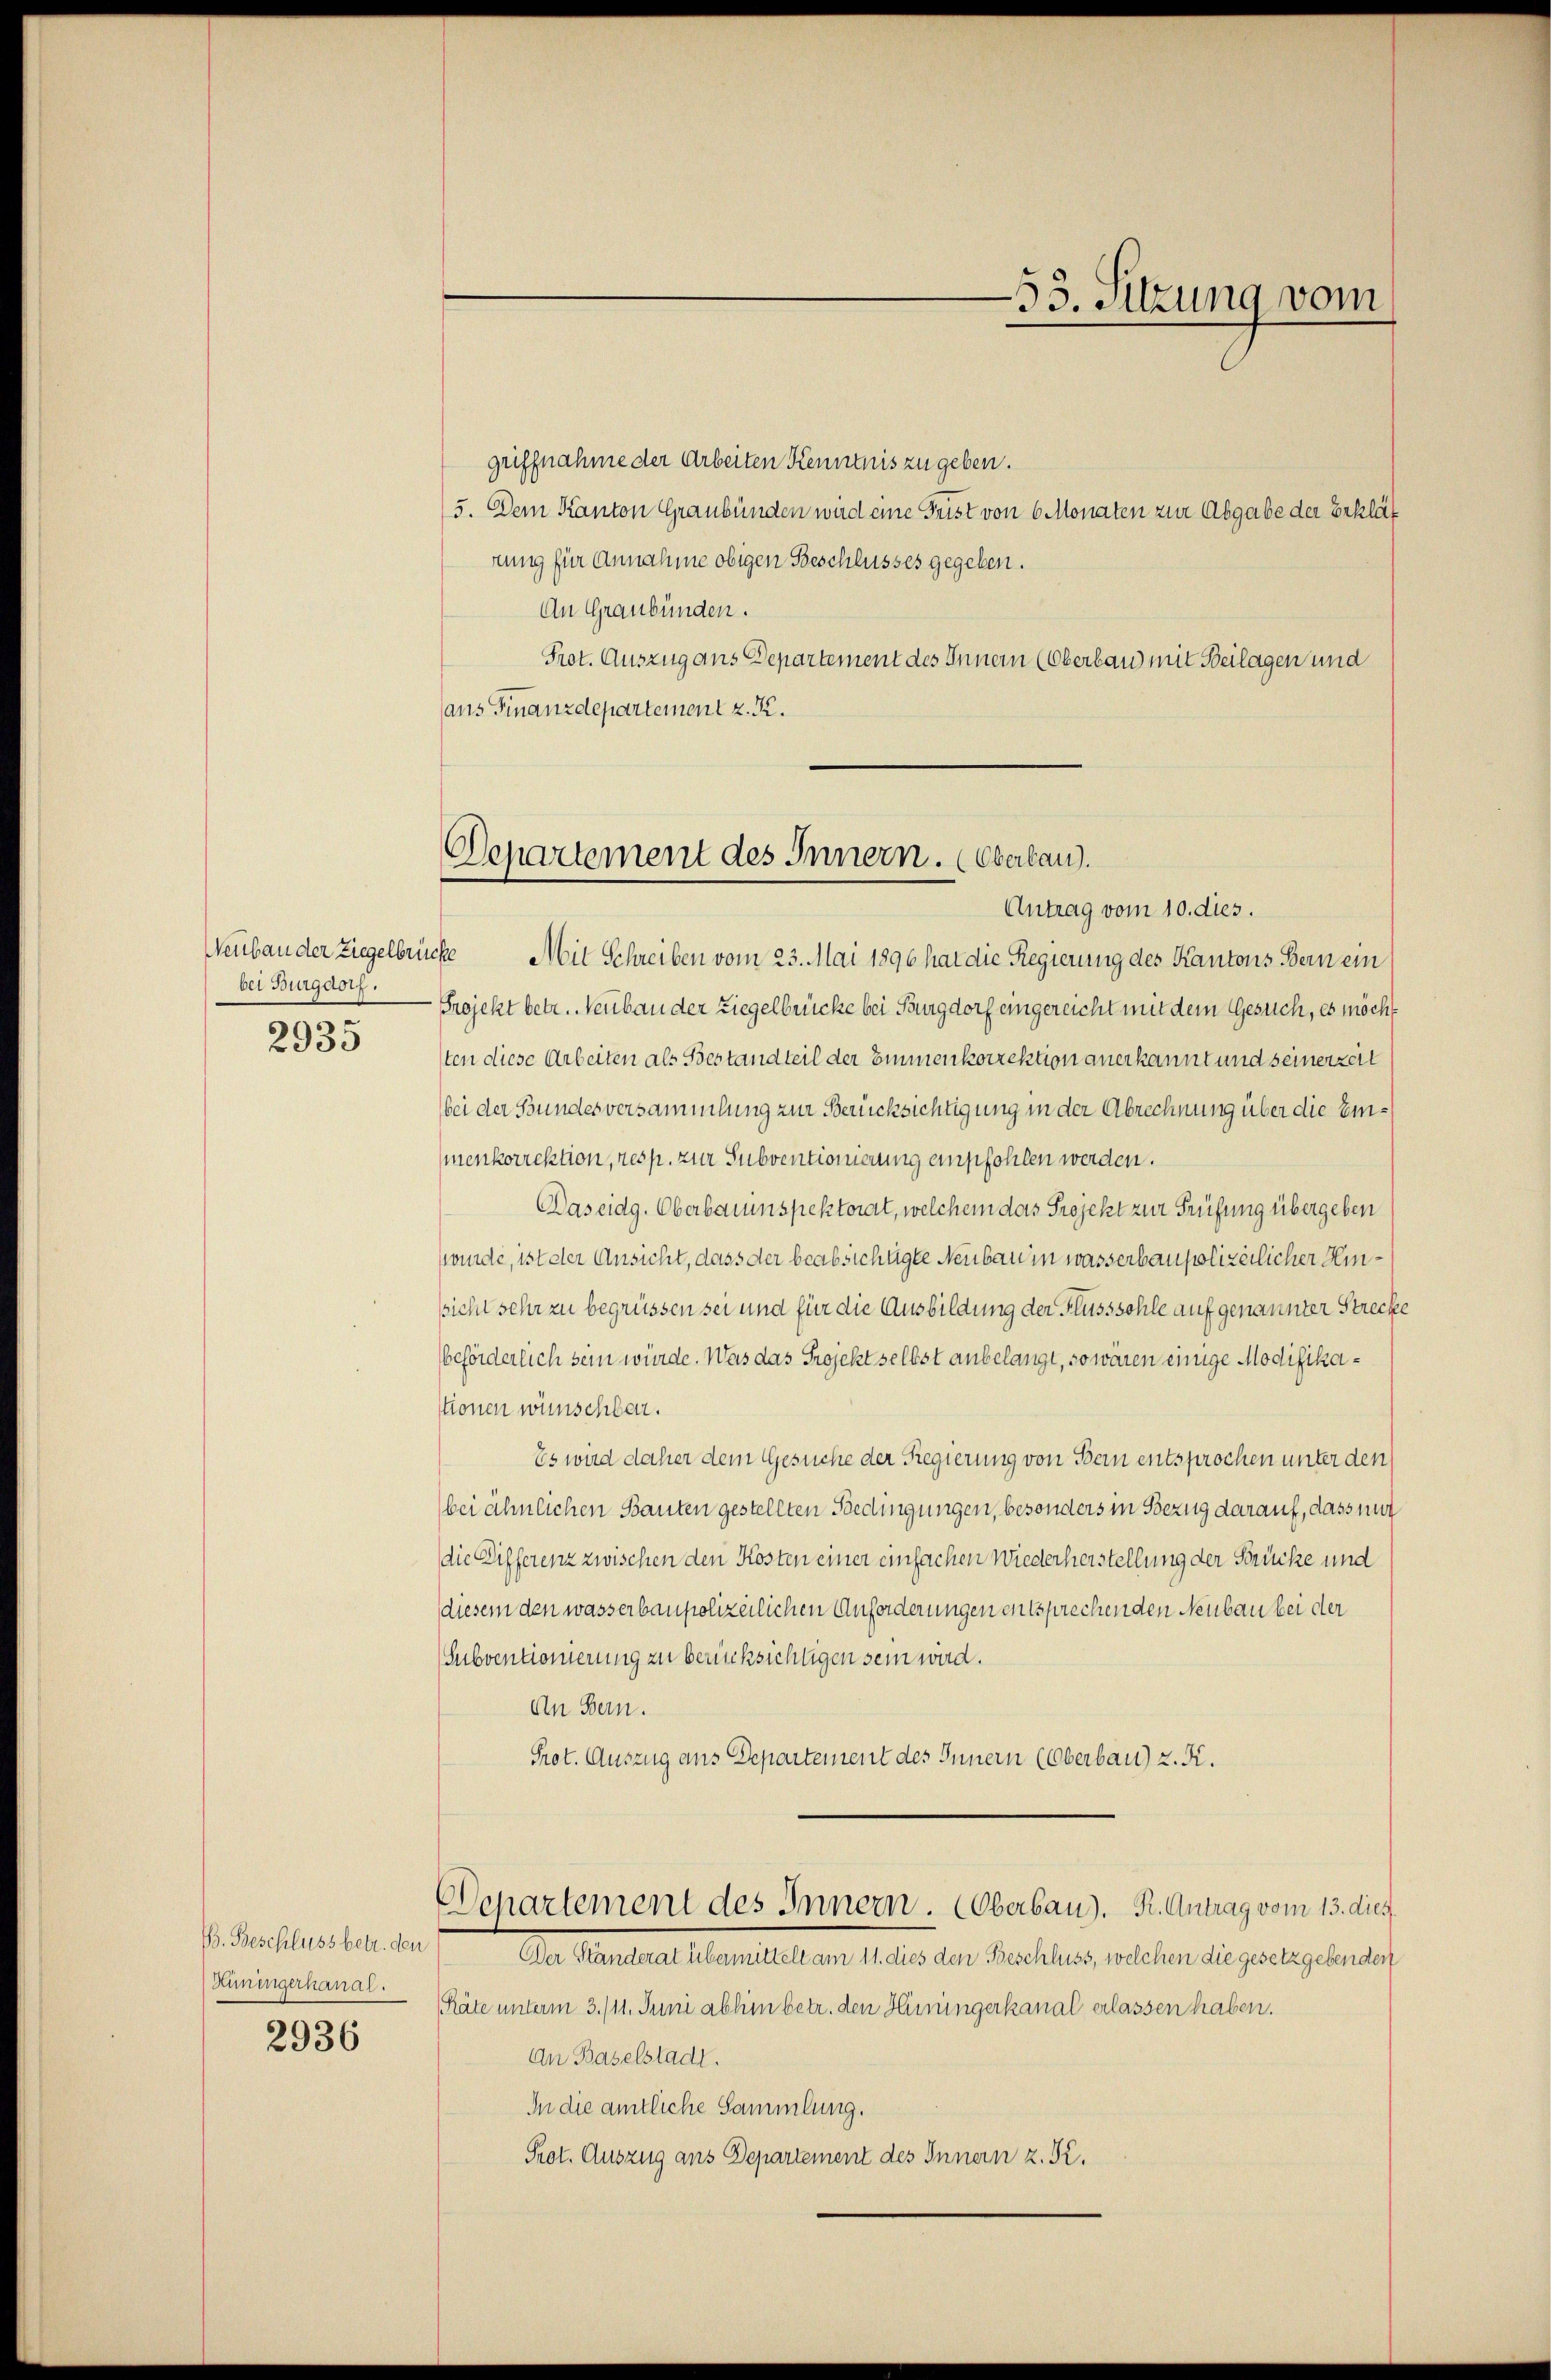
bei Burgdorf.
2935

B. Beschluss betr. den
Hüningerkanal.

2936

Departement des Innern. (Oberbau.
Antrag vom 10. dies.

griffnahme der Arbeiten Kenntnis zu geben.
5. Dem Kanton Graubünden wird eine Frist von 6 Monaten zur Abgabe der Erklät
rung für Annahme obigen Beschlusses gegeben.
An Graubünden.
Prot. Auszug aus Departement des Innern (Oberbau mit Beilagen und
ans Finanzdepartement z. R.
Neubau der Ziegelbrücke Mit Schreiben vom 23. Mai 1896 hat die Regierung des Kantons Bern ein
Projekt betr. Neubau der Liegelbrücke bei Burgdorf eingereicht mit dem Gesuch, es möcht
sten diese Arbeiten als Bestandteil der Emmenkorrektion anerkannt und seinerzeit
bei der Bundesversammlung zur Berücksichtigung in der Abrechnung über die Einmenkorrektion, resp. zur Subventionierung empfohlen werden.
Daseidg. Oberbauinspektorat, welchem das Projekt zur Prüfung übergeben
wunde, ist der Ansicht, dass der beabsichtigte Neubau in wasserbaupolizeilicher Hinsicht sehr zu begrüssen sei und für die Ausbildung der Flusssohle auf genannter Strecke
beförderlich sein würde. Was das Projekt selbst anbelangt, so wären einige Modifikastionen wünschbar.
Es wird daher dem Gesuche der Regierung von Bern entsprochen unter den
bei ähnlichen Bauten gestellten Bedingungen, besonders in Bezug darauf, dass mir
die Differenz zwischen den Kosten einer einfachen Wiederherstellung der Brücke und
diesem den wasserbaupolizeilichen Anforderungen entsprechenden Neubau bei der
Subventionierung zu berücksichtigen sein wird.
An Bern.
Prot. Auszug aus Departement des Innern (Oberbau) z. K.

Der Ständerat übermittelt am 11. dies den Beschluss, welchen die gesetzgebenden
(Räte unterm 3./11. Juni abhin betr. den Hüningerkanal erlassen haben.
An Baselstadt.
In die amtliche Sammlung.
Prot. Auszug aus Departement des Innern z. Kr.

Departement des Innern. Oberbau). K. Antrag vom 13. dies

53. Sitzung vom
e